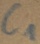
Text: C1